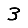
Digit: 3